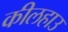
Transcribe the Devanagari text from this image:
कीलहाउ